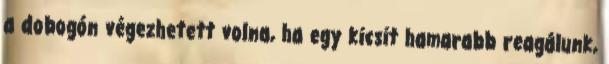
a dobogón végezhetett volna, ha egy kicsit hamarabb reagálunk,